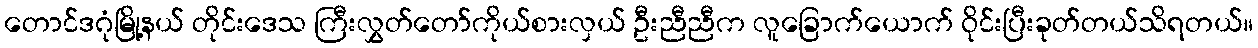
တောင်ဒဂုံမြို့နယ် တိုင်းဒေသ ကြီးလွှတ်တော်ကိုယ်စားလှယ် ဦးညီညီက လူခြောက်ယောက် ဝိုင်းပြီးခုတ်တယ်သိရတယ်။